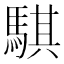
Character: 騏